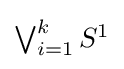
\textstyle \bigvee _{i=1}^{k}S^{1}